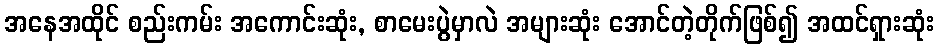
အနေအထိုင် စည်းကမ်း အကောင်းဆုံး, စာမေးပွဲမှာလဲ အများဆုံး အောင်တဲ့တိုက်ဖြစ်၍ အထင်ရှားဆုံး